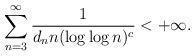
LaTeX: \begin{align*}\sum_{n=3}^{\infty}\frac{1}{d_nn(\log\log n)^c}<+\infty.\end{align*}